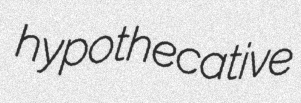
hypothecative